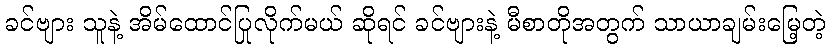
ခင်ဗျား သူနဲ့ အိမ်ထောင်ပြုလိုက်မယ် ဆိုရင် ခင်ဗျားနဲ့ မီစာတိုအတွက် သာယာချမ်းမြေ့တဲ့